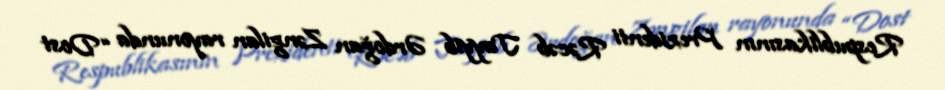
Respublikasının Prezidenti Rəcəb Tayyib Ərdoğan Zəngilan rayonunda “Dost